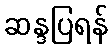
ဆန္ဒပြရန်